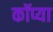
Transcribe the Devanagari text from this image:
कॉप्या